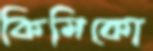
কিমিকো